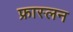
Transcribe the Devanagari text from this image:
फ्रास्लन